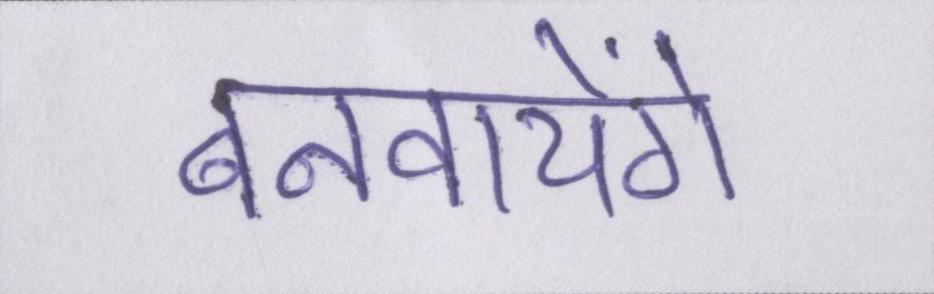
बनवायेंगे